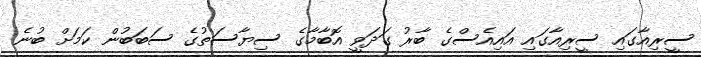
ސީރިއާގައި ސީރިއާގައި އައިއެސްގެ ބާރު ގަދަވީ އޮބާމާގެ ސިޔާސަތުގެ ސަބަބުން ކަމަށް ބުނެ